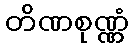
တိဏစုဏ္ဏံ